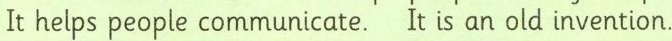
It helps people communicate.It is an old invention. T